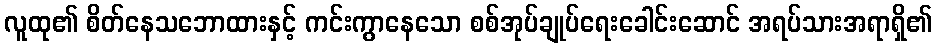
လူထု၏ စိတ်နေသဘောထားနှင့် ကင်းကွာနေသော စစ်အုပ်ချုပ်ရေးခေါင်းဆောင် အရပ်သားအရာရှိ၏